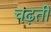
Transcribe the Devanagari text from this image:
चढ़़ती